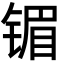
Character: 镅